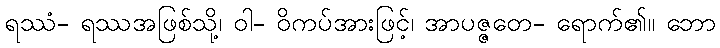
ရဿံ- ရဿအဖြစ်သို့၊ ဝါ- ဝိကပ်အားဖြင့်၊ အာပဇ္ဇတေ- ရောက်၏။ ဘော